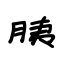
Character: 胰